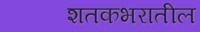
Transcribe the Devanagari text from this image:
शतकभरातील